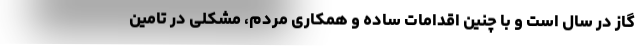
گاز در سال است و با چنین اقدامات ساده و همکاری مردم، مشکلی در تامین